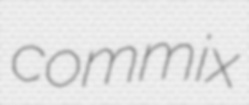
commix